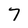
Character: 7